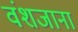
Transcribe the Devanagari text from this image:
वंशजाना